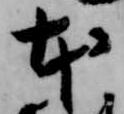
本